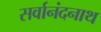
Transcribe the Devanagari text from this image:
सर्वानंदनाथ